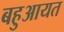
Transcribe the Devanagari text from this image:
बहुआयत